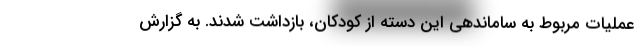
عملیات مربوط به ساماندهی این دسته از کودکان، بازداشت شدند. به گزارش